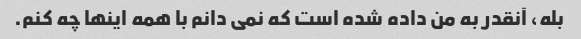
بله، آنقدر به من داده شده است که نمی دانم با همه اینها چه کنم.